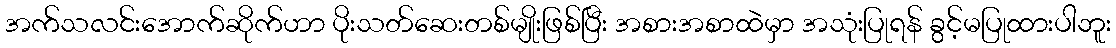
အက်သလင်းအောက်ဆိုက်ဟာ ပိုးသတ်ဆေးတစ်မျိုးဖြစ်ပြီး အစားအစာထဲမှာ အသုံးပြုရန် ခွင့်မပြုထားပါဘူး